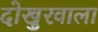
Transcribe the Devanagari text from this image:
दोखुरवाला